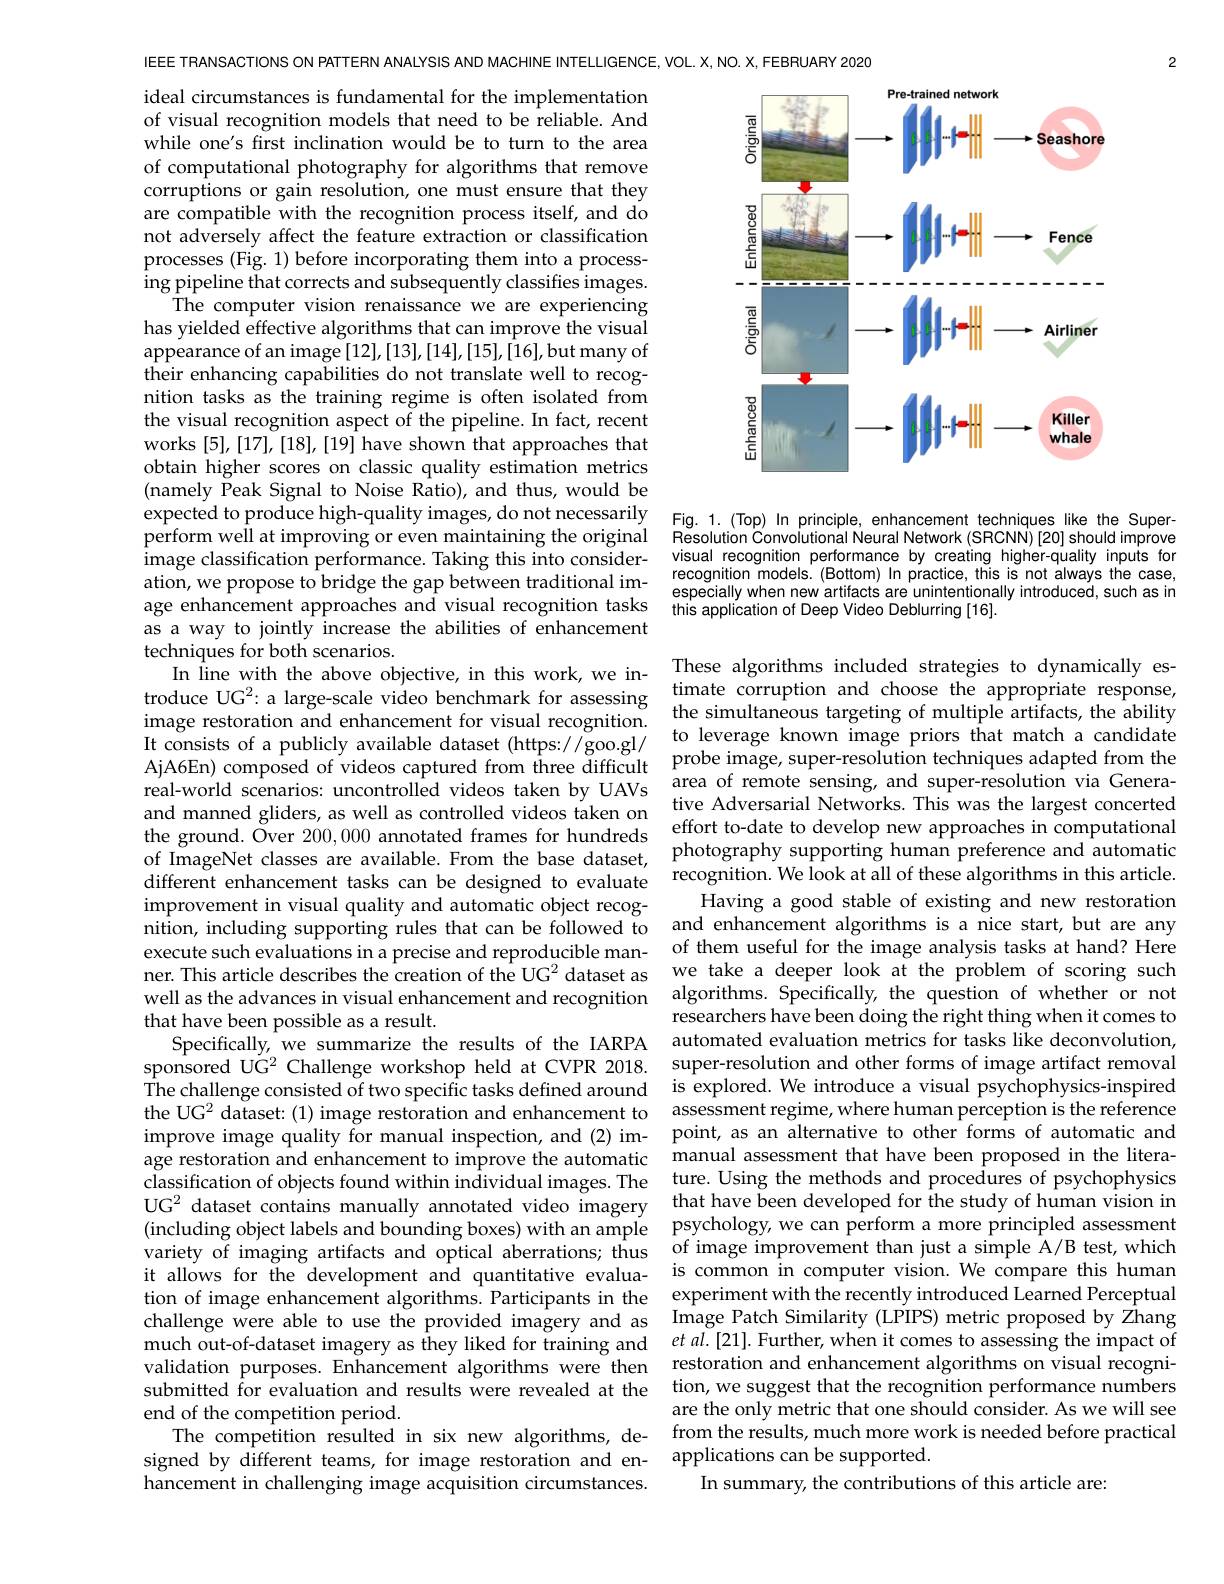
IEEE TRANSACTIONS ON PATTERN ANALYSIS AND MACHINE INTELLIGENCE, VOL. X, NO. X, FEBRUARY 2020
ideal circumstances is fundamental for the implementation of visual recognition models that need to be reliable. And while one's first inclination would be to turn to the area of computational photography for algorithms that remove corruptions or gain resolution, one must ensure that they are compatible with the recognition process itself, and do not adversely affect the feature extraction or classification processes (Fig. 1) before incorporating them into a processing pipeline that corrects and subsequently classifies images.
The computer vision renaissance we are experiencing has yielded effective algorithms that can improve the visual $\underset{{\mathrm{appearance~of~an~image}}}{\operatorname*{\operatorname*{appearance~of~an~image}}}[12],[13],[14],[15],\hat{[16]}$,but many of their enhancing capabilities do not translate well to recognition tasks as the training regime is often isolated from the visual recognition aspect of the pipeline. In fact, recent works [5],[17],[18],[19] h obtain higher scores on classic quality estimation metrics (namely Peak Signal to Noise expected to produce high-quality images, do not necessarily image classification performance. Taking this into consideration, we propose to bridge as a way to jointly increase the abilities of enhancement techniques for both scenario
In line with the above objec
image restoration and enhanc
It consists of a publicly av
real-world scenarios: uncont
and manned gliders, as well as controlled videos
the ground. Over 200,000 ann of ImageNet classes are avai different enhancement tasks
improvement in visual quality and automatic object recog-
nition, including supporting
execute such evaluations in a precise and reproducible manner. This article describes well as the advances in visual enhancement and recognition algorithms. Specifically, the question of whether or not
that have been possible as a
Specifically, we summarize the results of the IARPA automated evaluation metrics for tasks like deconvolution,
sponsored UG2 Challenge work
The challenge consisted of two specific tasks defined around is explored. We introduce a visual psychophysics-inspired the UG$^2$ dataset:(1) image restoration and enhancement to assessment regime, where human perception is the reference improve image quality for manual inspection, and (2) im- point, as an alternative to other forms of automatic and age restoration and enhancement to improve the automatic
classification of objects found within individual images. The ture. Using the methods and procedures of psychophysics UG$^{2}$ dataset contains manually annotated video imagery that have been developed for the study of human vision in (including object labels and bounding boxes) with an ample psychology, we can perform a more principled assessment variety of imaging artifacts and optical aberrations; thus of image improvement than just a simple A/B test, which it allows for the development and quantitative evalua- is common in computer vision. We compare this human tion of image enhancement algorithms. Participants in the experiment with the recently introduced Learned Perceptual challenge were able to use the provided imagery and as Image Patch Similarity (LPIPS) metric proposed by Zhang much out-of-dataset imagery as they liked for training and $etal.[21].$ Further, when it comes to assessing the impact of validation purposes. Enhancement algorithms were then restoration and enhancement algorithms on visual recogni submitted for evaluation and results were revealed at the tion, we suggest that the recognition performance numbers end of the competition period.
The competition resulted in six new algorithms, de-
signed by different teams, for image restoration and en- applications can be supported.
hancement in challenging image acquisition circumstances.

2

<FigureHere>

Fig. 1.(Top) In principle, enhancement techniques like the Super-
perform well at improving or even maintaining the original Resolution Convoutional Neural Network (SRCNN)[20] should improve
visual recognition performance by creating higher-quality inputs for recognition models. (Bottom) In practice, this is not always the case, especially when new artifacts are unintentionally introduced, such as in
age enhancement approaches and visual recognition tasks this application of Deep Video Deblurring [16].

These algorithms included strategies to dynamically esthe simultaneous targeting of multiple artifacts, the ability to leverage known image priors that match a candidate area of remote sensing, and super-resolution via Generaeffort to-date to develop new approaches in computational photography supporting human preference and automatic
Having a good stable of existing and new restoration of them useful for the image analysis tasks at hand? Here we take a deeper look at the problem of scoring such researchers have been doing the right thing when it comes to super-resolution and other forms of image artifact removal manual assessment that have been proposed in the literaare the only metric that one should consider. As we will see from the results, much more work is needed before practical
In summary, the contributions of this article are: